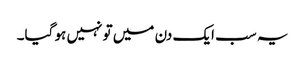
یہ سب ایک دن میں تو نہیں ہو گیا۔